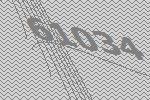
61034